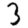
Digit: 3